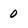
Character: 0